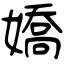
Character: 嬌